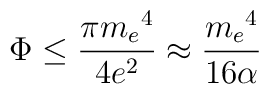
\Phi \leq \frac {\pi {m_e}^4}{4e^2} \approx \frac {{m_e}^4}{16 \alpha}